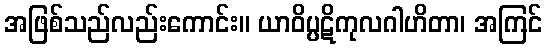
အဖြစ်သည်လည်းကောင်း။ ယာဝိပ္ပဋိကုလဂါဟိတာ၊ အကြင်